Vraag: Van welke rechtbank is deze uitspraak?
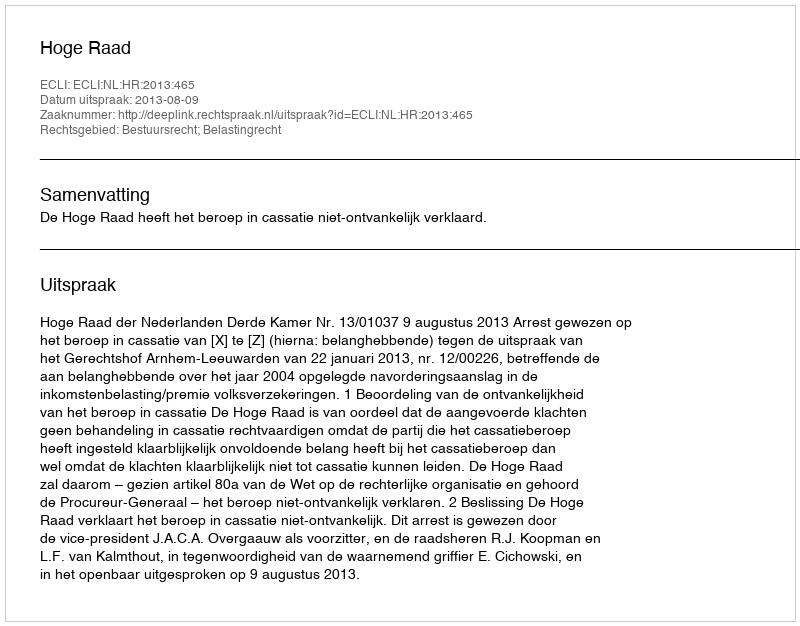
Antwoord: Hoge Raad